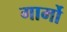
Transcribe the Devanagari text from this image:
गार्मो